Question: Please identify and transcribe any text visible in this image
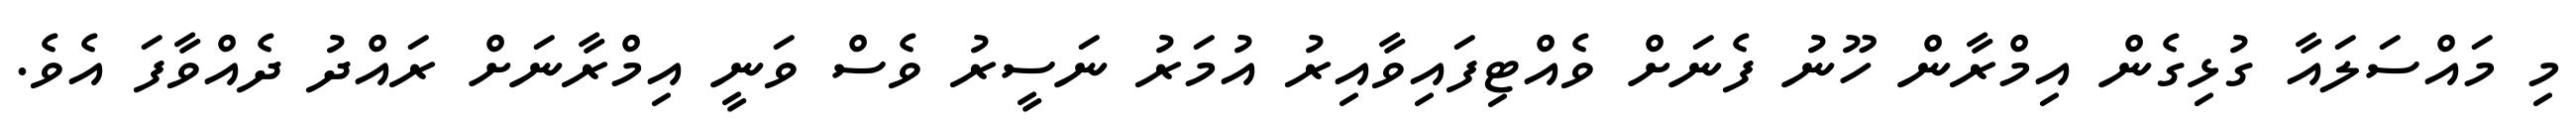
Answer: މި މައްސަލައާ ގުޅިގެން އިމްރާން ހޫނު ފެނަށް ވެއްޓިފައިވާއިރު އުމަރު ނަސީރު ވެސް ވަނީ އިމްރާނަށް ރައްދު ދެއްވާފަ އެވެ.